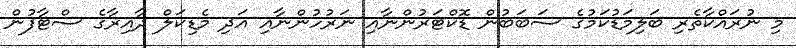
މި ނުރައްކާތެރި ބަލިމަޑުކަމުގެ ސަބަބުން ޑޮކްޓަރުންނާއި ނަރުހުންނާއި އަދި މެޑިކަލް ދާއިރާގެ ސްޓާފުން